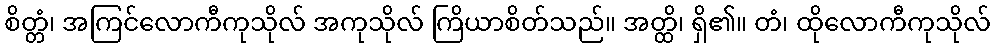
စိတ္တံ၊ အကြင်လောကီကုသိုလ် အကုသိုလ် ကြိယာစိတ်သည်။ အတ္ထိ၊ ရှိ၏။ တံ၊ ထိုလောကီကုသိုလ်